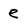
Character: e